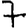
Digit: 7